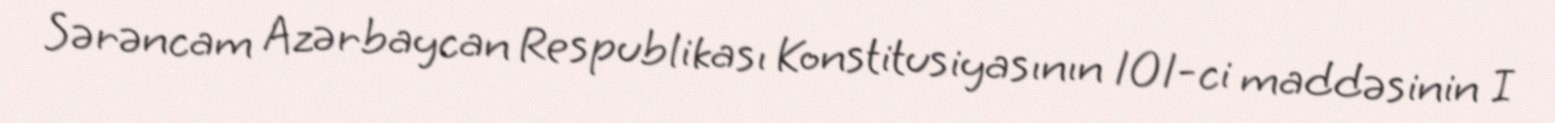
Sərəncam Azərbaycan Respublikası Konstitusiyasının 101-ci maddəsinin I